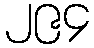
၂၉၄